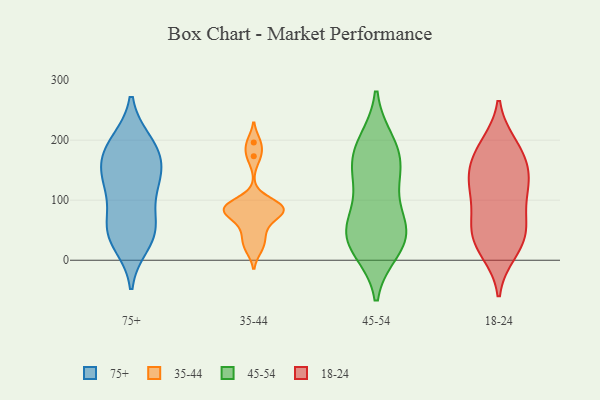
{"axis": {"x": "Customer Acquisition Cost (USD)", "y": "Value"}, "legend": ["18-24", "35-44", "45-54", "75+"], "data": [{"x": "", "y": 49, "type": "75+"}, {"x": "", "y": 106, "type": "75+"}, {"x": "", "y": 166, "type": "75+"}, {"x": "", "y": 28, "type": "75+"}, {"x": "", "y": 137, "type": "75+"}, {"x": "", "y": 54, "type": "75+"}, {"x": "", "y": 168, "type": "75+"}, {"x": "", "y": 196, "type": "75+"}, {"x": "", "y": 131, "type": "75+"}, {"x": "", "y": 196, "type": "75+"}, {"x": "", "y": 128, "type": "75+"}, {"x": "", "y": 43, "type": "75+"}, {"x": "", "y": 180, "type": "75+"}, {"x": "", "y": 55, "type": "75+"}, {"x": "", "y": 173, "type": "35-44"}, {"x": "", "y": 19, "type": "35-44"}, {"x": "", "y": 88, "type": "35-44"}, {"x": "", "y": 96, "type": "35-44"}, {"x": "", "y": 55, "type": "35-44"}, {"x": "", "y": 74, "type": "35-44"}, {"x": "", "y": 82, "type": "35-44"}, {"x": "", "y": 35, "type": "35-44"}, {"x": "", "y": 88, "type": "35-44"}, {"x": "", "y": 196, "type": "35-44"}, {"x": "", "y": 84, "type": "35-44"}, {"x": "", "y": 18, "type": "45-54"}, {"x": "", "y": 176, "type": "45-54"}, {"x": "", "y": 21, "type": "45-54"}, {"x": "", "y": 49, "type": "45-54"}, {"x": "", "y": 141, "type": "45-54"}, {"x": "", "y": 131, "type": "45-54"}, {"x": "", "y": 56, "type": "45-54"}, {"x": "", "y": 75, "type": "45-54"}, {"x": "", "y": 154, "type": "45-54"}, {"x": "", "y": 196, "type": "45-54"}, {"x": "", "y": 46, "type": "45-54"}, {"x": "", "y": 36, "type": "45-54"}, {"x": "", "y": 190, "type": "45-54"}, {"x": "", "y": 137, "type": "18-24"}, {"x": "", "y": 42, "type": "18-24"}, {"x": "", "y": 153, "type": "18-24"}, {"x": "", "y": 65, "type": "18-24"}, {"x": "", "y": 119, "type": "18-24"}, {"x": "", "y": 56, "type": "18-24"}, {"x": "", "y": 11, "type": "18-24"}, {"x": "", "y": 194, "type": "18-24"}, {"x": "", "y": 191, "type": "18-24"}, {"x": "", "y": 102, "type": "18-24"}, {"x": "", "y": 117, "type": "18-24"}, {"x": "", "y": 160, "type": "18-24"}, {"x": "", "y": 159, "type": "18-24"}, {"x": "", "y": 25, "type": "18-24"}, {"x": "", "y": 140, "type": "18-24"}, {"x": "", "y": 50, "type": "18-24"}, {"x": "", "y": 192, "type": "18-24"}, {"x": "", "y": 53, "type": "18-24"}, {"x": "", "y": 101, "type": "18-24"}, {"x": "", "y": 13, "type": "18-24"}]}